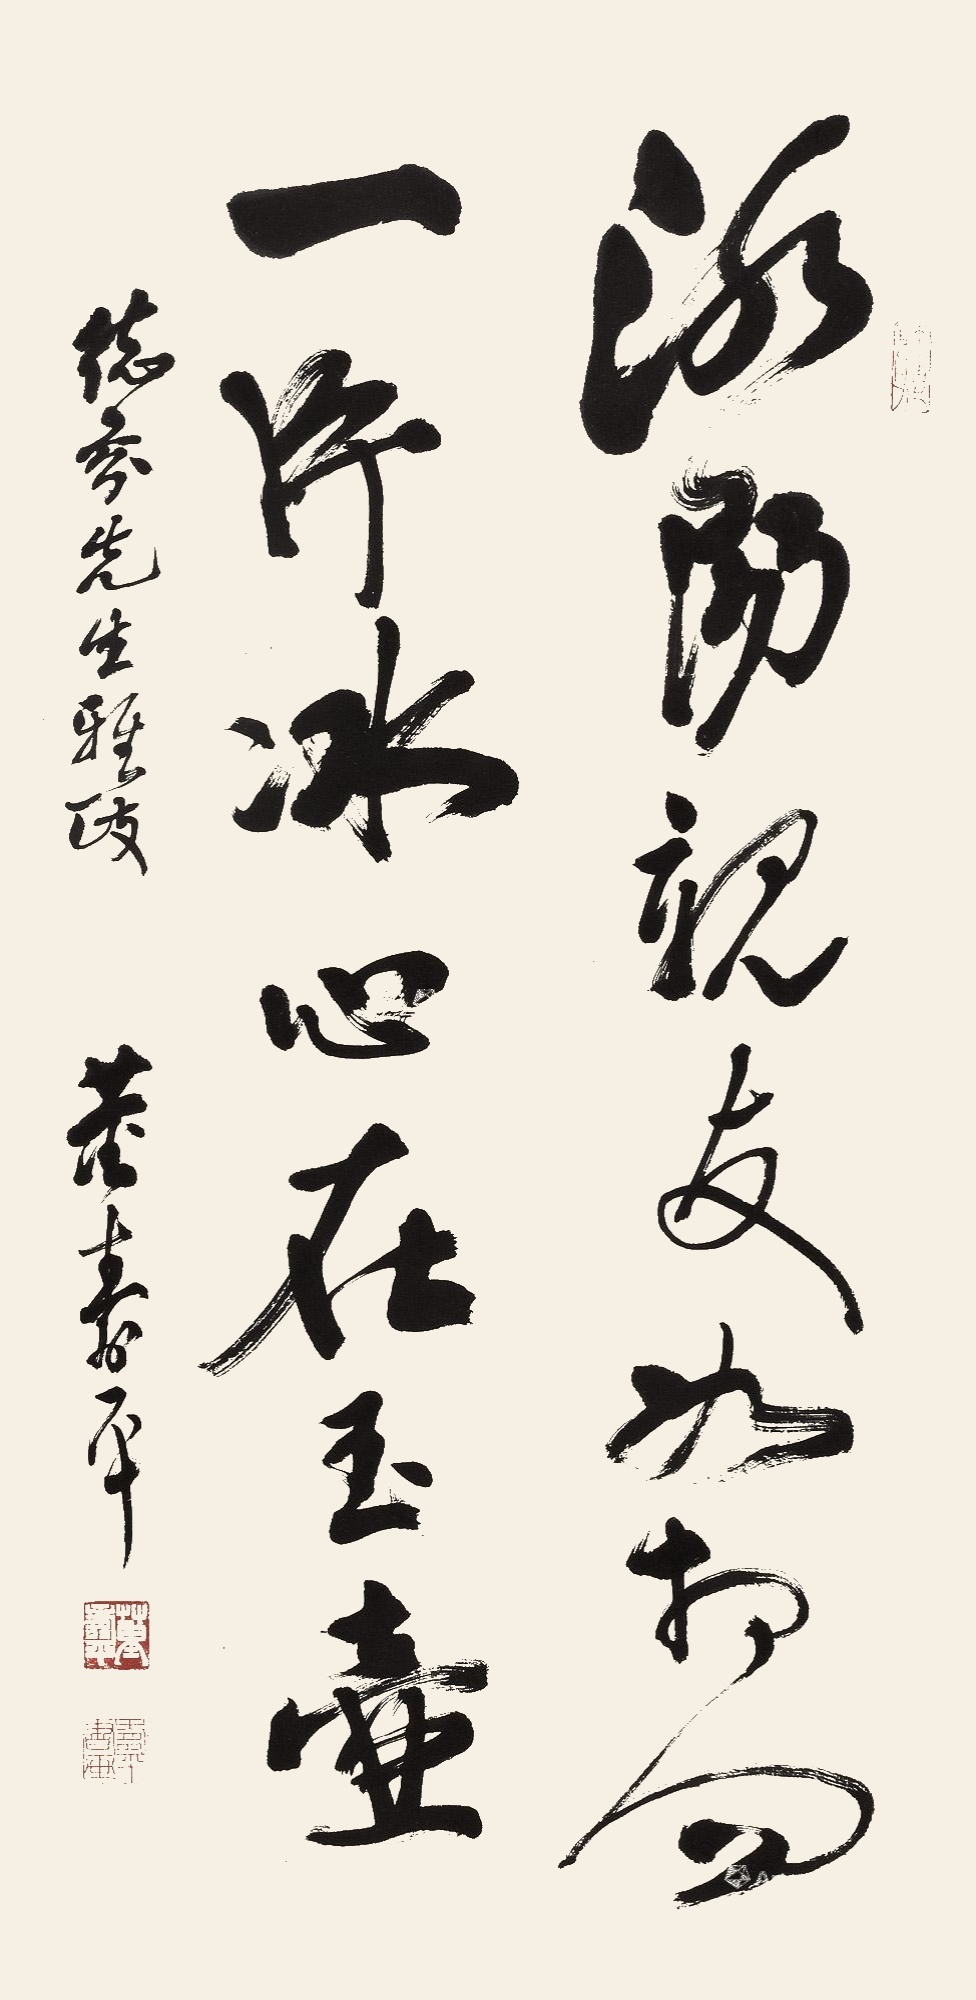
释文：洛阳亲友如相问，一片冰心在玉壶。德芬先生雅政，董寿平。